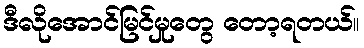
ဒီလိုအောင်မြင်မှုတွေ တော့ရတယ်။